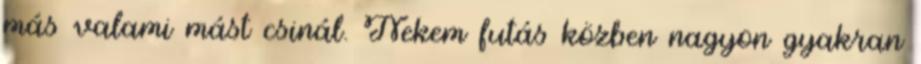
más valami mást csinál. Nekem futás közben nagyon gyakran